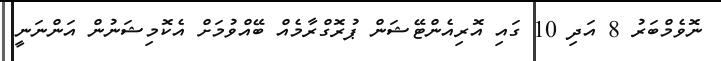
ނޮވެމްބަރު 8 އަދި 10 ގައި އޮރިއެންޓޭޝަން ޕުރޮގްރާމެއް ބޭއްވުމަށް އެކޮމިޝަނުން އަންނަނީ